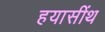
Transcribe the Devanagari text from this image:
हयासींथ